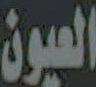
العيون